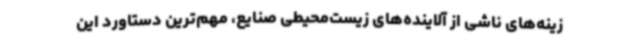
زینه‌های ناشی از آلاینده‌های زیست‌محیطی صنایع، مهم‌ترین دستاورد این